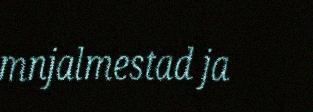
mnjalmestad ja